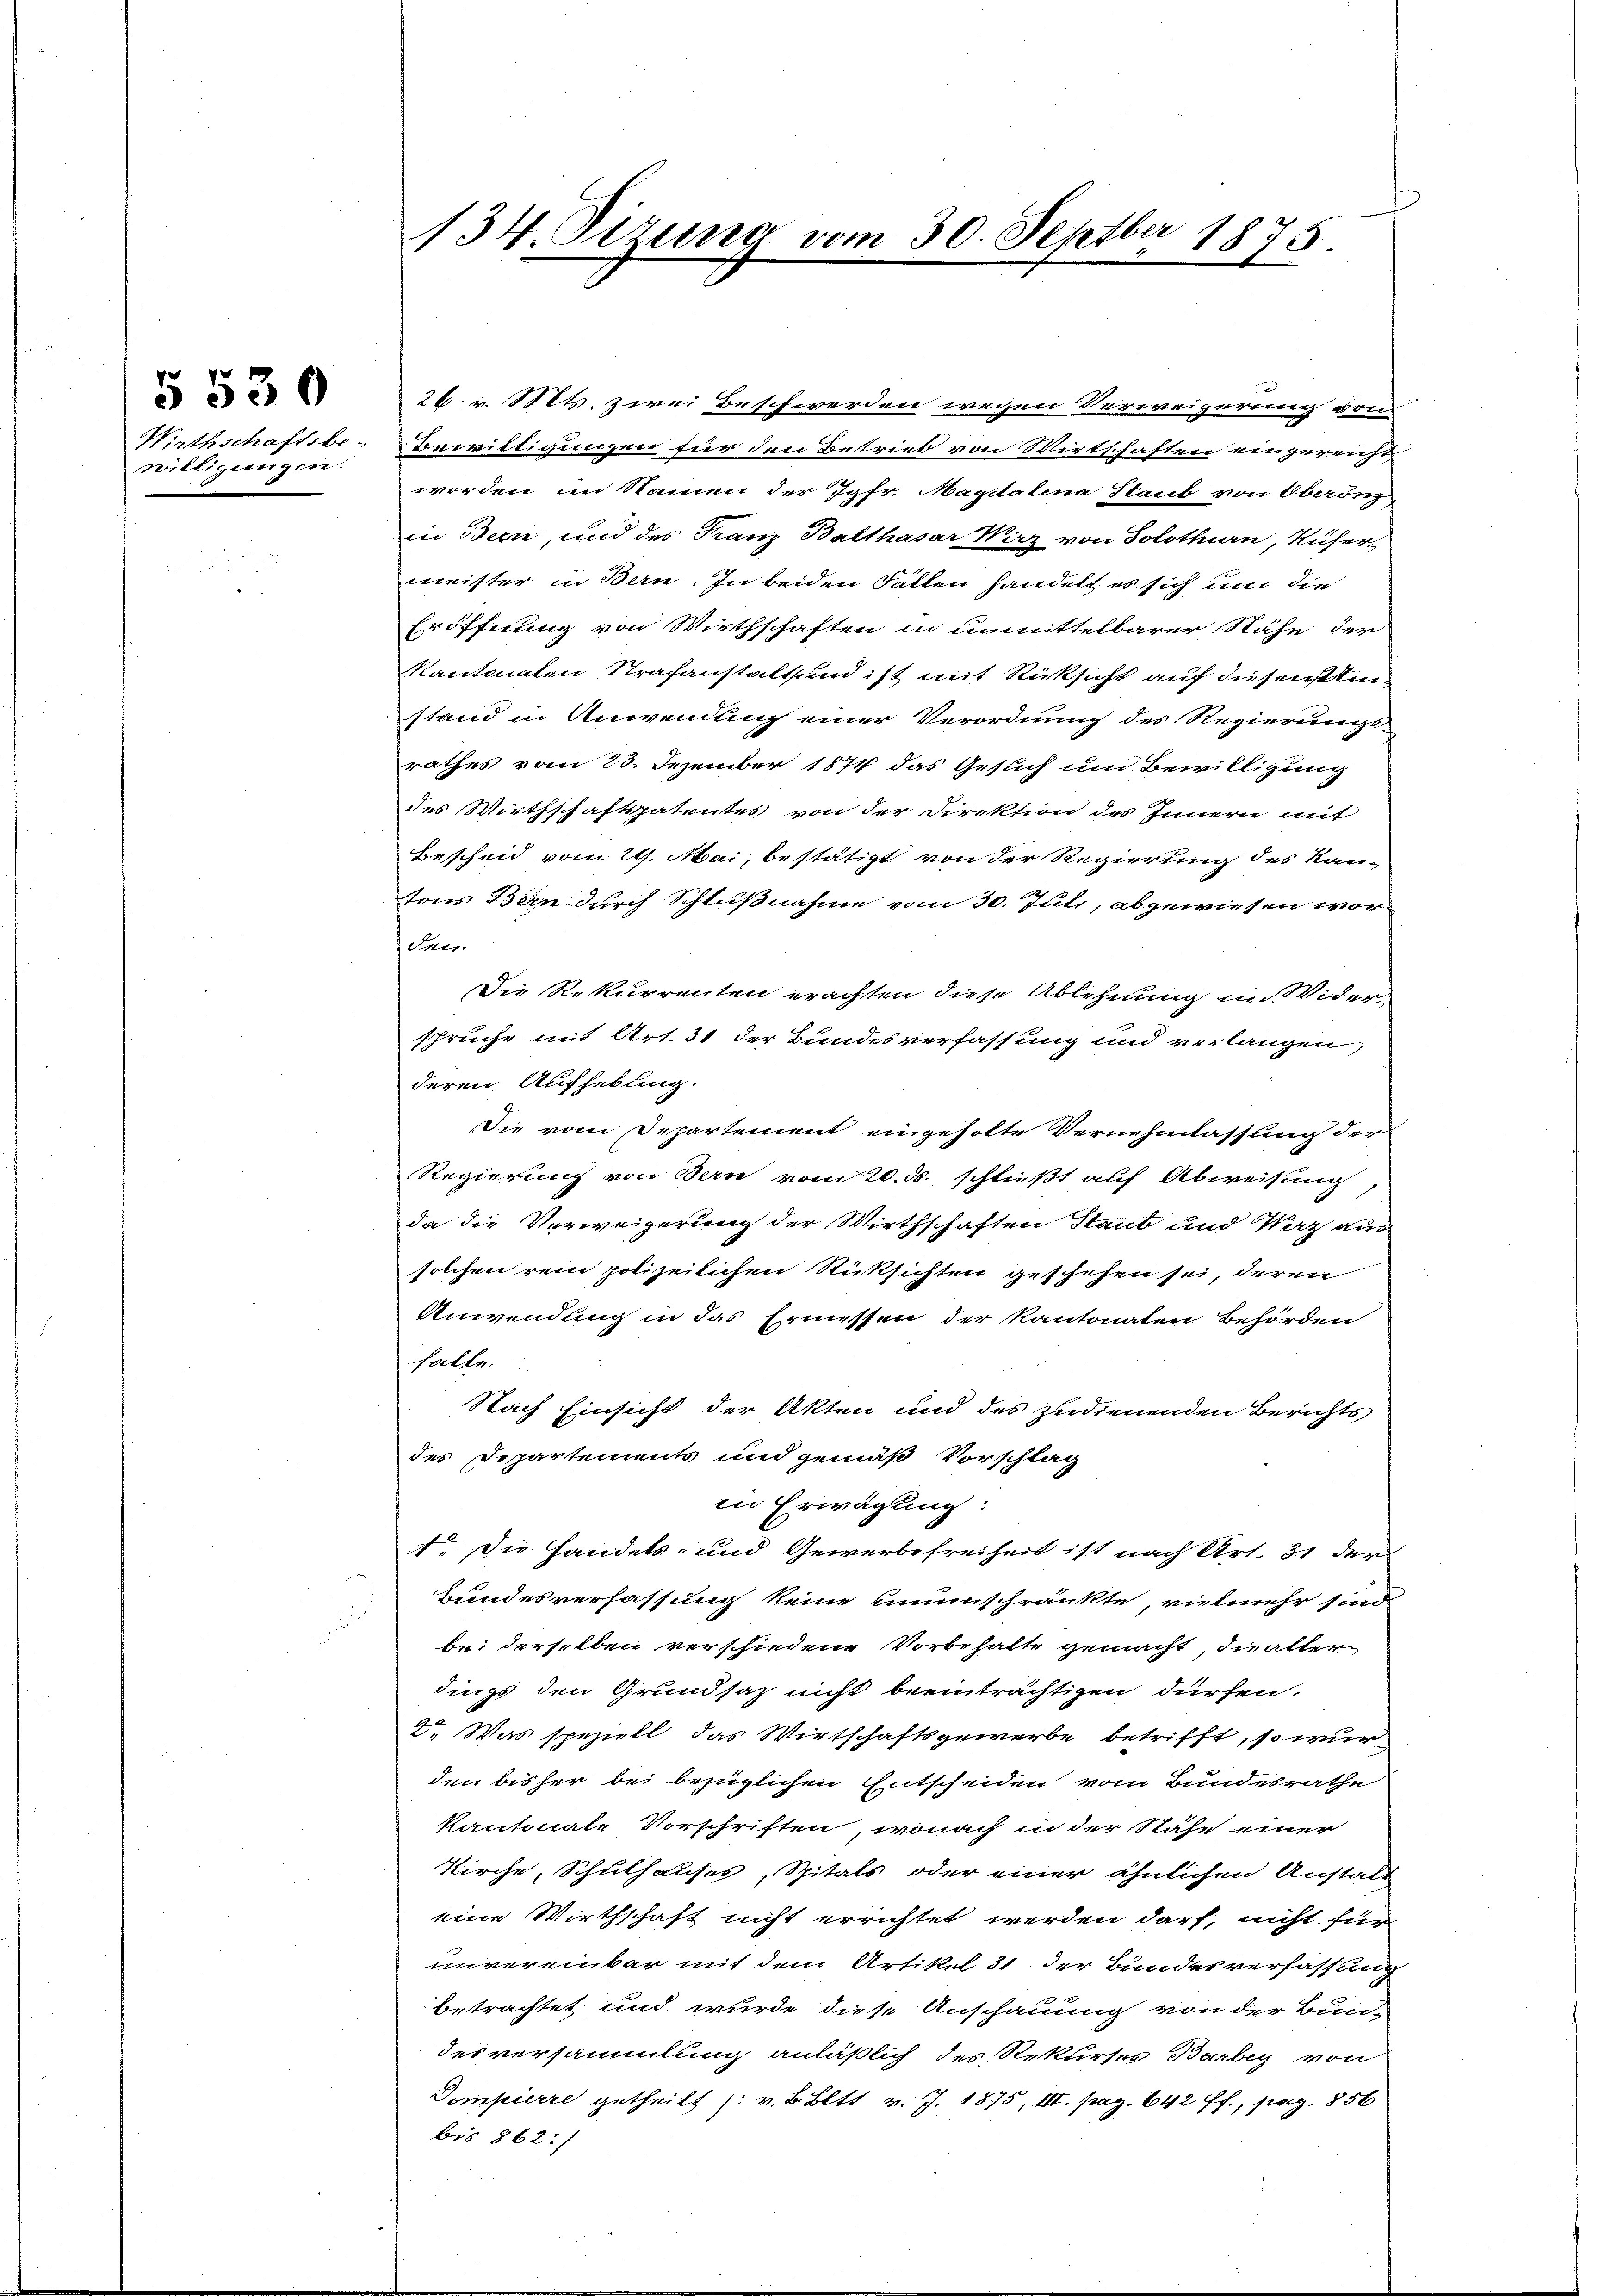
Wirthschaftsbe-
willigungen.

§ 530

134. Grund vom 30. Septbr 1875.

2
26. v. Mts. zwei Beschwerden wegen Verweigerung von
Bewilligungen für den Betrieb von Wirtschaften eingereicht
worden im Namen der Jgfr. Mapitalina Staub von Oberönzin Bern, und des Franz Balthasar Wirz von Solothurn, Küfer-
meister in Bern. In beiden Fallen handelt es sich um die
Eröffnung von Wirthschaften in unmittelbarer Nähe der
kantonalen Strafanstalt, und ist mit Rücksicht auf diesensttinstand in Anwendung einer Verordnung des Regierungs-
rathes vom 23. Dezember 1874 das Gesuch um Bewilligung
des Wirthschaftspatentes von der Direktion des Innern mit
Bescheid vom 29. Mai, bestätigt von der Regierung des Kan-
tons Bern durch Schlußnahme vom 30. Juli, abgewiesen wor¬
Suir.
Die Rekurrenten erachten diese Ablehnung in Wider
sprüche mit Art. 31 der Bundesverfassung und verlangen,
deren Aufhebung.
Die vom Departement eingeholte Vernehmlassung der
Regierung von Bern vom 20. ds. schließt auf Abweisung
da die Verweigerung der Wirthschaften Staub und Waz aus
solchen rein polizeilichen Rücksichten geschehen sei, deren
Anwendung in das Ermessen der Kantonaten Behörden
halle.
Nach Einsicht der Akten und des zudienenden Berichts
des Departements und gemäß Vorschlag
in Erwägung:
. Die Handels- und Gewerbefreiheit ist nach Art. 31 der
Bundesverfassung keine unumschränkte, vielmehr sind
bei derselben verschiedene Vorbehalte gemacht, die alter
dings den Grundsaz nicht beeinträchtigen dürfen.
2. Was speziell das Wirtschaftsgewerbe betrifft, so wur
den bisher bei bezüglichen Entscheiden vom Bundesrathe
kantonale Vorschriften, wonach in der Nähe einer
Kirche, Schulhauses, Spitals oder einer ähnlichen Anstalt
eine Wirthschaft nicht errichtet werden darf, nicht für
unvereinbar mit dem Artikel 31 der Bundesverfassung
betrachtet und wurde diese Anschauung von der Bun-
desversammlung anläßlich des Rekurses Barbig von
Dompierre getheilt /: v. B. Bett v. J. 1875, III. pag. 642 ff., pag. 856
bis 862:/